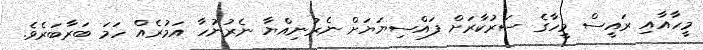
މީހާއާއި ރައީސް މީހާގެ ސަރުކާރަށް ފައްސިޔަޔަށް ނެރުނިއްޔާ ނެރުނުހާ އަމުރެއް ހަމަ ބަރާބަރެވެ.